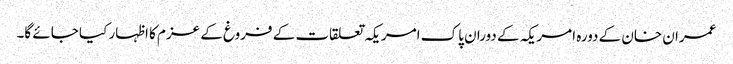
عمران خان کے دورہ امریکہ کے دوران پاک امریکہ تعلقات کے فروغ کے عزم کا اظہار کیا جائے گا۔